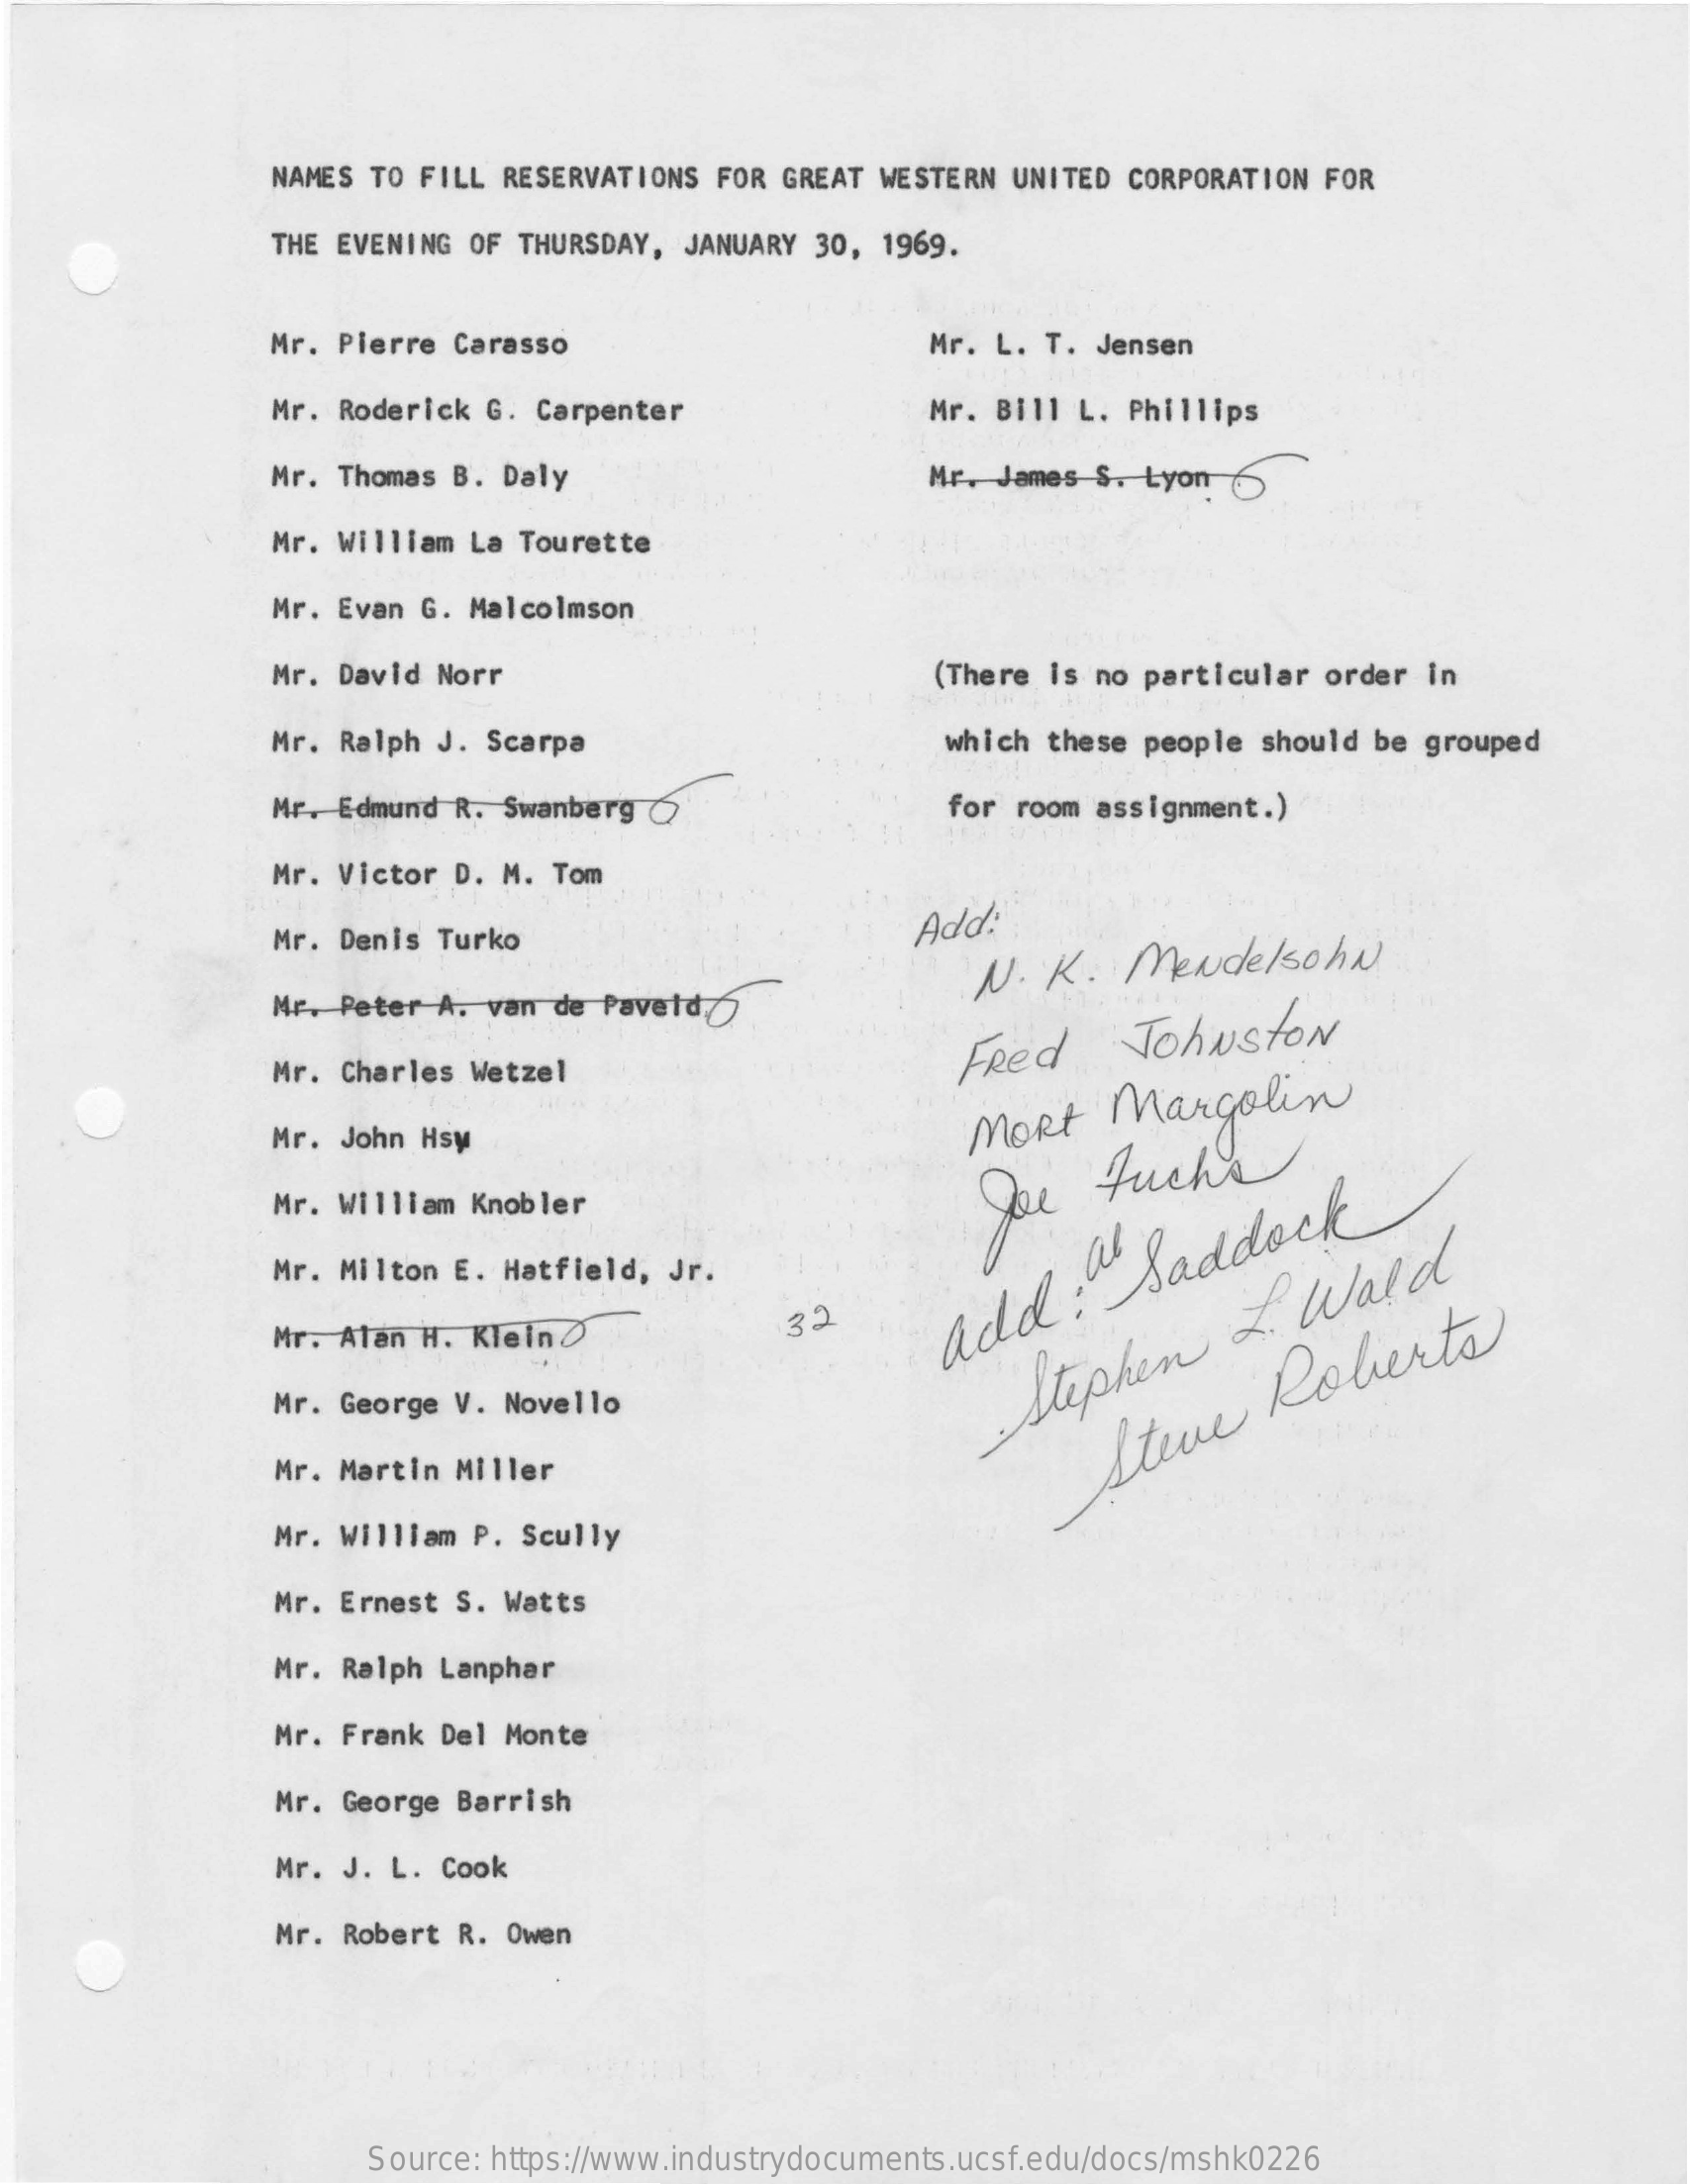
NAMES TO FILL RESERVATIONS FOR GREAT  WESTERN UNITED CORPORATION FOR
     THE EVENING OF THURSDAY,  JANUARY 30, 1969.
     Mr. Pierre Carasso    Mr. L. T. Jensen
     Mr. Roderick G. Carpenter    Mr. Bill L. Phillips
     Mr. Thomas B. Daly    Mr.  James S. Lyon 5
     Mr. William La Tourette
     Mr. Evan G. Malcolmson
     Mr. David Norr    (There is no particular order in
     Mr. Ralph J. Scarpa    which these people should be grouped
     Mr. Edmund R. Swanberg (    for room assignment.)
     Mr. Victor D. M. Tom
     Mr. Denis Turko    Add:
     Mr. Peter A. van de Paveld.
     N.  K.   Mendelsohn
     Mr. Charles Wetzel
     Fred    Johnston
     Mr. John Hsy    Mort    Margolin
     Mr. William Knobler    Joe    fuchs
     Mr. Milton E. Hatfield, Jr.
     Mr. Alan H. Klein 0    32    add:
     Saddock
     Mr. George V. Novello
     Stephen
     I
     Wald
     Mr. Martin Miller
     Steve
     Roberts
     Mr. William P. Scully
     Mr. Ernest S. Watts
     Mr. Ralph Lanphar
     Mr. Frank Del Monte
     Mr. George Barrish
     Mr. J. L. Cook
     Mr. Robert R. Owen
     Source: https://www.industrydocuments.ucsf.edu/docs/mshk0226